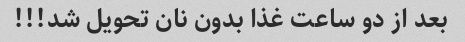
بعد از دو ساعت غذا بدون نان تحویل شد!!!